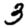
Digit: 3